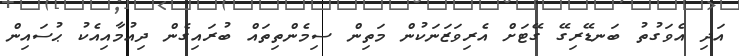
އަދި އެވަގުތު ބަނޑޭރިގޭ ގޭޓަށް އެރިވަޒަނަކުން މަތިން ސިމެންތިތައް ބުރައިގެން ދިއުމާއިއެކު ޙުސައިން